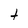
Character: t